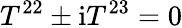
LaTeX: T^{22}\pm\mathrm{i}T^{23}=0